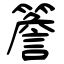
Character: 簷